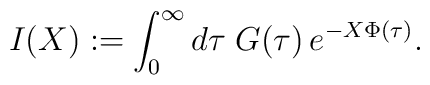
I(X):= \int_{0}^{\infty} d\tau\;G(\tau)\,e^{-X\Phi(\tau)}.